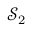
\mathcal { S } _ { 2 }